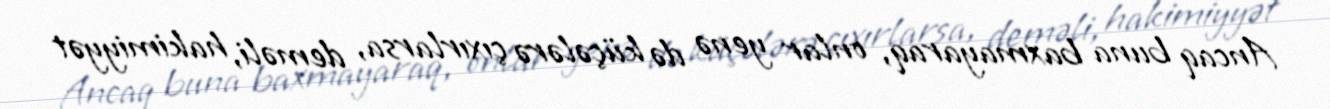
Ancaq buna baxmayaraq, onlar yenə də küçələrə çıxırlarsa, deməli, hakimiyyət